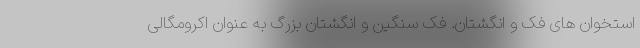
استخوان های فک و انگشتان. فک سنگین و انگشتان بزرگ به عنوان اکرومگالی